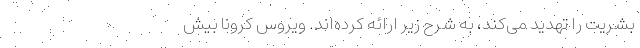
بشریت را تهدید می‌کند، به شرح زیر ارائه کرده‌اند. ویروس کرونا بیش